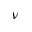
\nu